Vaccination returns of the Province of Eastern Bengal and Assam - 1905-1912
Year: 1905
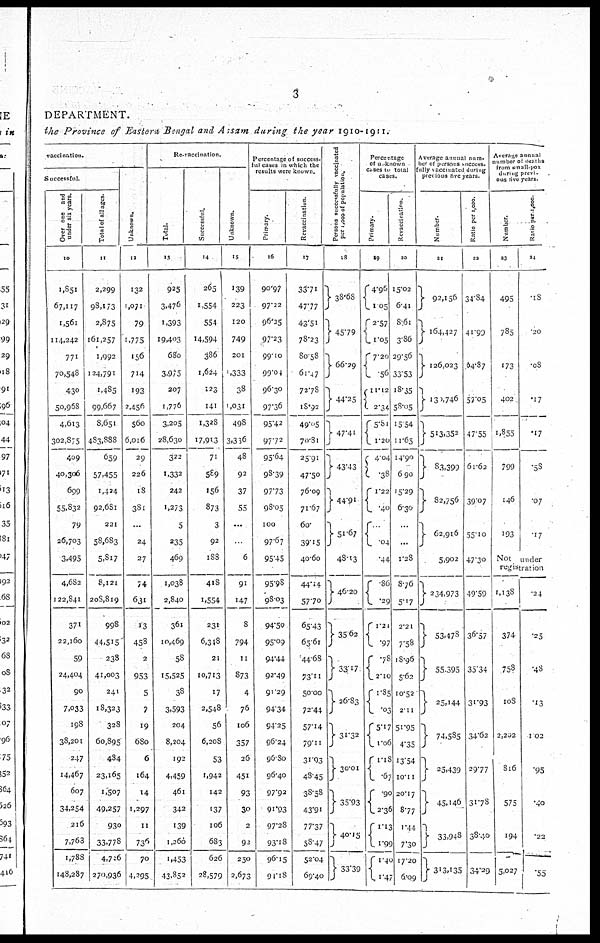
3
DEPARTMENT.
the Province of Eastern Bengal and Assam during the year 1910-1911.
vaccination.
Successful.
Over one and
under six years.
10
1,851
67,117
1,561
114,242
771
70,548
430
50,968
4,613
302,875
409
40,306
699
55,832
79
26,703
3,495
4,682
122,841
371
22,160
59
24,404
90
7,033
198
38,201
247
14,467
607
34,254
216
7,763
1,788
148,287
Total of all ages.
11
2,299
93,173
2,875
161,257
1,992
124,791
1,485
99,667
8,651
483,888
659
57,455
1,424
92,681
221
58,683
5,817
8,121
208,819
998
44,515
238
41,003
241
18,323
328
60,895
484
23,165
1,507
49,257
930
33,778
4,726
270,936
Unknown.
12
132
1,071
79
1,775
156
714
193
2,456
560
6,016
29
226
18
381
...
24
27
74
631
13
458
2
953
5
7
19
680
6
164
14
1,297
11
736
70
4,295
Re-vaccination.
Total.
13
925
3,476
1,393
19,403
680
3,975
207
1,776
3,205
28,630
322
1,332
242
1,273
5
235
469
1,038
2,840
361
10,469
58
15,525
38
3,593
204
8,204
192
4,459
461
342
139
1,260
1,453
43,852
Successful.
14
265
1,554
554
14,594
386
1,624
123
141
1,328
17,913
71
589
156
873
3
92
188
418
1,554
231
6,348
21
10,713
17
2,548
56
6,208
53
1,942
142
137
106
683
626
28,579
Unknown.
15
139
223
120
749
201
1,333
38
1,031
498
3,336
48
92
37
55
...
...
6
91
147
8
794
11
873
4
76
106
357
26
451
93
30
2
92
250
2,673
Percentage of success-
ful cases in which the
results were known.
Primary.
16
90.97
97.22
96.25
97.23
99.10
99.04
96.30
97.36
95.42
97.72
95.64
98.39
97.73
98.05
100
97.67
95.45
95.98
98.03
94.50
95.09
94.44
92.49
91.29
94.34
94.25
96.24
96.80
96.40
97.92
91.93
97.28
93.18
96.15
94.18
Revaccination.
17
33.71
47.77
43.51
78.23
80.58
61.47
72.78
18.92
49.05
70.81
25.91
47.50
76.09
71.67
60.
39.15
40.60
44.14
57.70
65.43
65.61
44.68
73.11
50.00
72.44
57.14
79.11
31.93
48.45
38.58
43.91
77.37
58.47
52.04
69.40
Persons successfully vaccinated
per 1,000 of population.
18
33.68
45.79
66.29
44.25
47.41
43.43
44.91
51.67
43.13
46.20
35.62
33.17
26.83
31.32
30.01
35.93
40.15
33.39
Percentage
of unknown
Cases to total
cases.
Primary.
19
4.96
1.05
2.57
l.05
7.20
56
11.12
2.34
5.81
1.20
4.04
.38
1.22
.40
.
.04
.44
.86
.29
1.21
.97
.78
2.10
1.85
.03
5.17
1.06
1.18
.67
.90
2.36
1.13
1.99
1.40
1.47
Revaccination.
20
15.02
6.41
8.61
3.86
29.56
33.53
18.35
58.05
15.54
11.65
14.90
6.90
15.29
6.30
...
...
1.28
8.76
5.17
2.21
7.58
18.96
5.62
10.52
2.11
51.95
4.35
13.54
10.11
20.17
8.77
1.44
7.30
17.20
6.09
Average annual num-
ber of persons success-
fully vaccinated during
previous five years.
Number.
21
92,156
164,427
126,023
130,746
513,352
33,399
82,756
62,916
5,902
234,973
53,478
55,395
25,144
74,585
25,439
45,146
33,948
313,135
Ratio per 1,000.
22
34.34
41.90
64.87
57.05
47.55
61.62
39.07
55.10
47.30
49.59
36.57
35.34
31.93
34.62
29.77
31.78
38.40
34.29
Average annual
number of deaths
from small-pox
during previ-
ous five years.
Number.
23
495
785
173
402
1,855
799
146
193
Ratio per 1,000.
24
.18
.20
.08
.17
.17
.58
.07
.17
Not under
registration
1,138
374
758
108
2,202
816
575
194
5,027
.24
.25
.48
.13
1.02
.95
.40
.22
.55